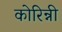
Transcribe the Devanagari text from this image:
कोरिन्नी